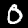
Label: 0